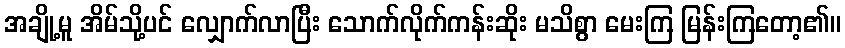
အချို့မူ အိမ်သို့ပင် လျှောက်လာပြီး သောက်လိုက်ကန်းဆိုး မသိစွာ မေးကြ မြန်းကြတော့၏။